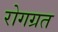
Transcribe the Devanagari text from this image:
रोगग्रत